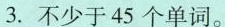
3.不少于45个单词。